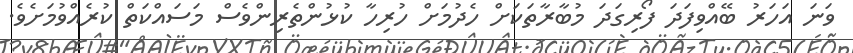
ވަނަ އަހަރު ބޭއްވިފަދަ ފޯރިގަދަ މުބާރާތަކަށް ހެދުމަށް ހުރިހާ ކުޅުންތެރިންވެސް މަސައްކަތް ކުރެއްވުމަށެވެ.